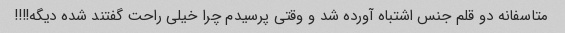
متاسفانه دو قلم جنس اشتباه آورده شد و وقتی پرسیدم چرا خیلی راحت گفتند شده دیگه!!!!